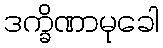
ဒက္ခိဏာမုခေါ